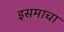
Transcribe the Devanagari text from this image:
इसमाचा